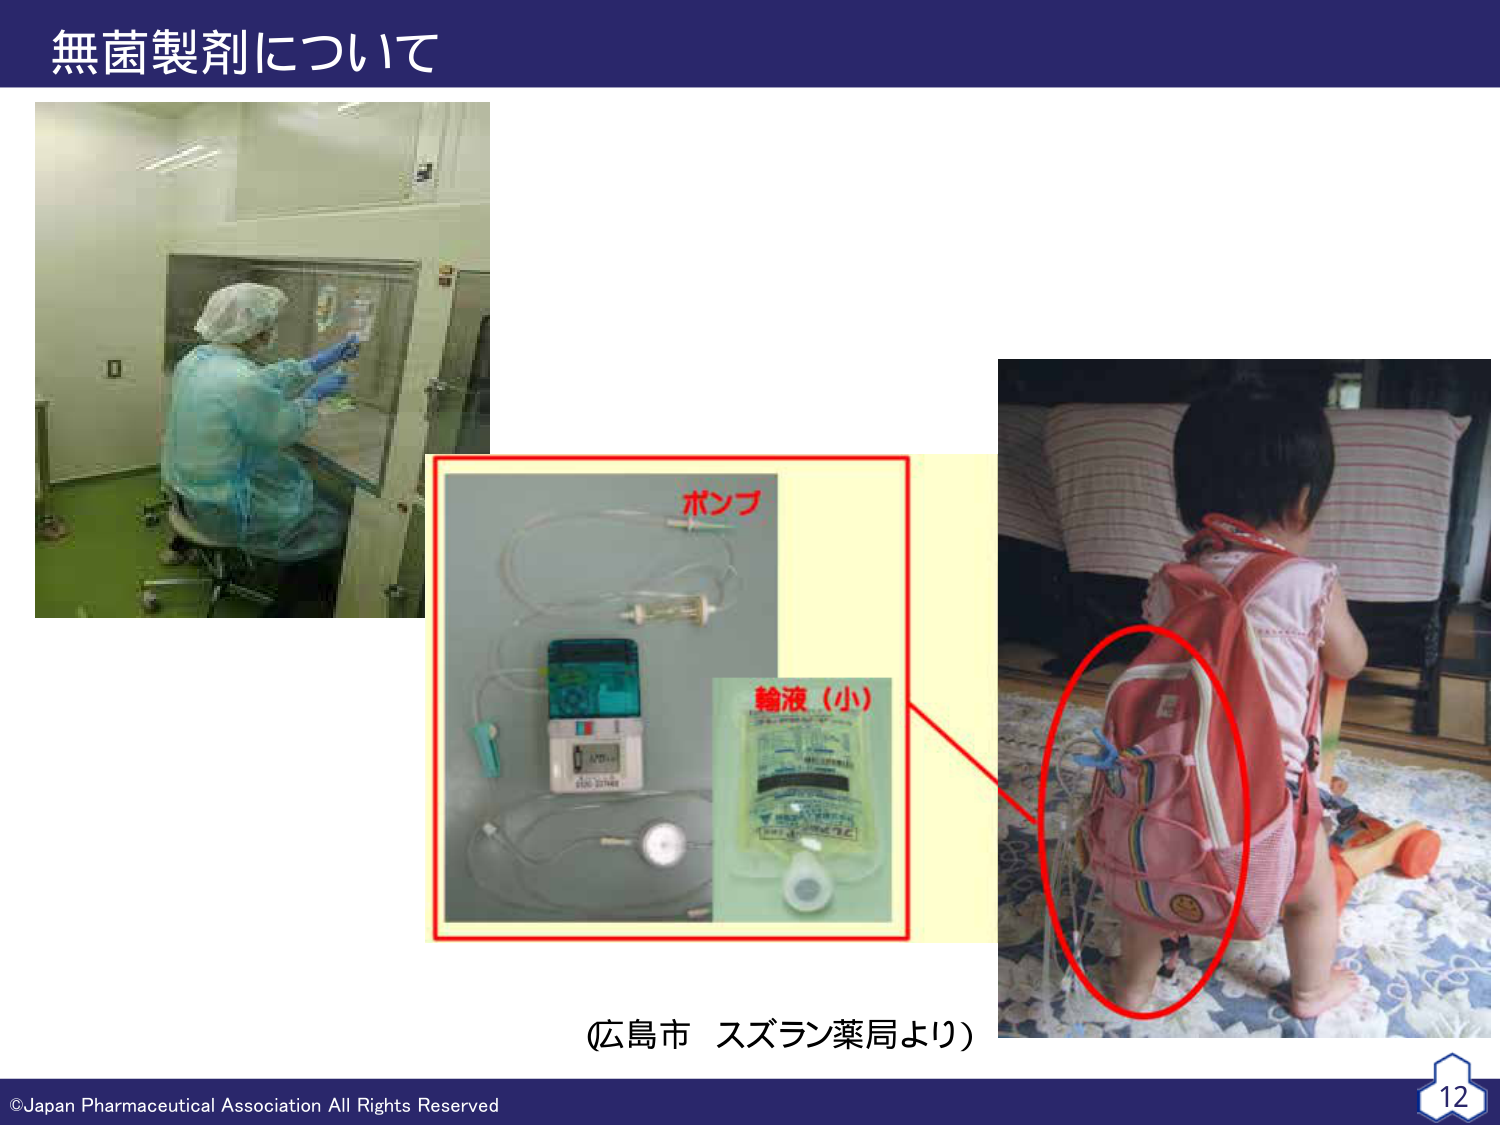
無菌製剤について

ポンプ
輸液（小）

（広島市 スズラン薬局より）

©Japan Pharmaceutical Association All Rights Reserved
12